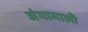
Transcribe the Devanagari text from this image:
अंगामाली